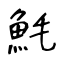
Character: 魹